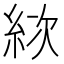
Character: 絘